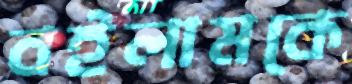
বইলামকে